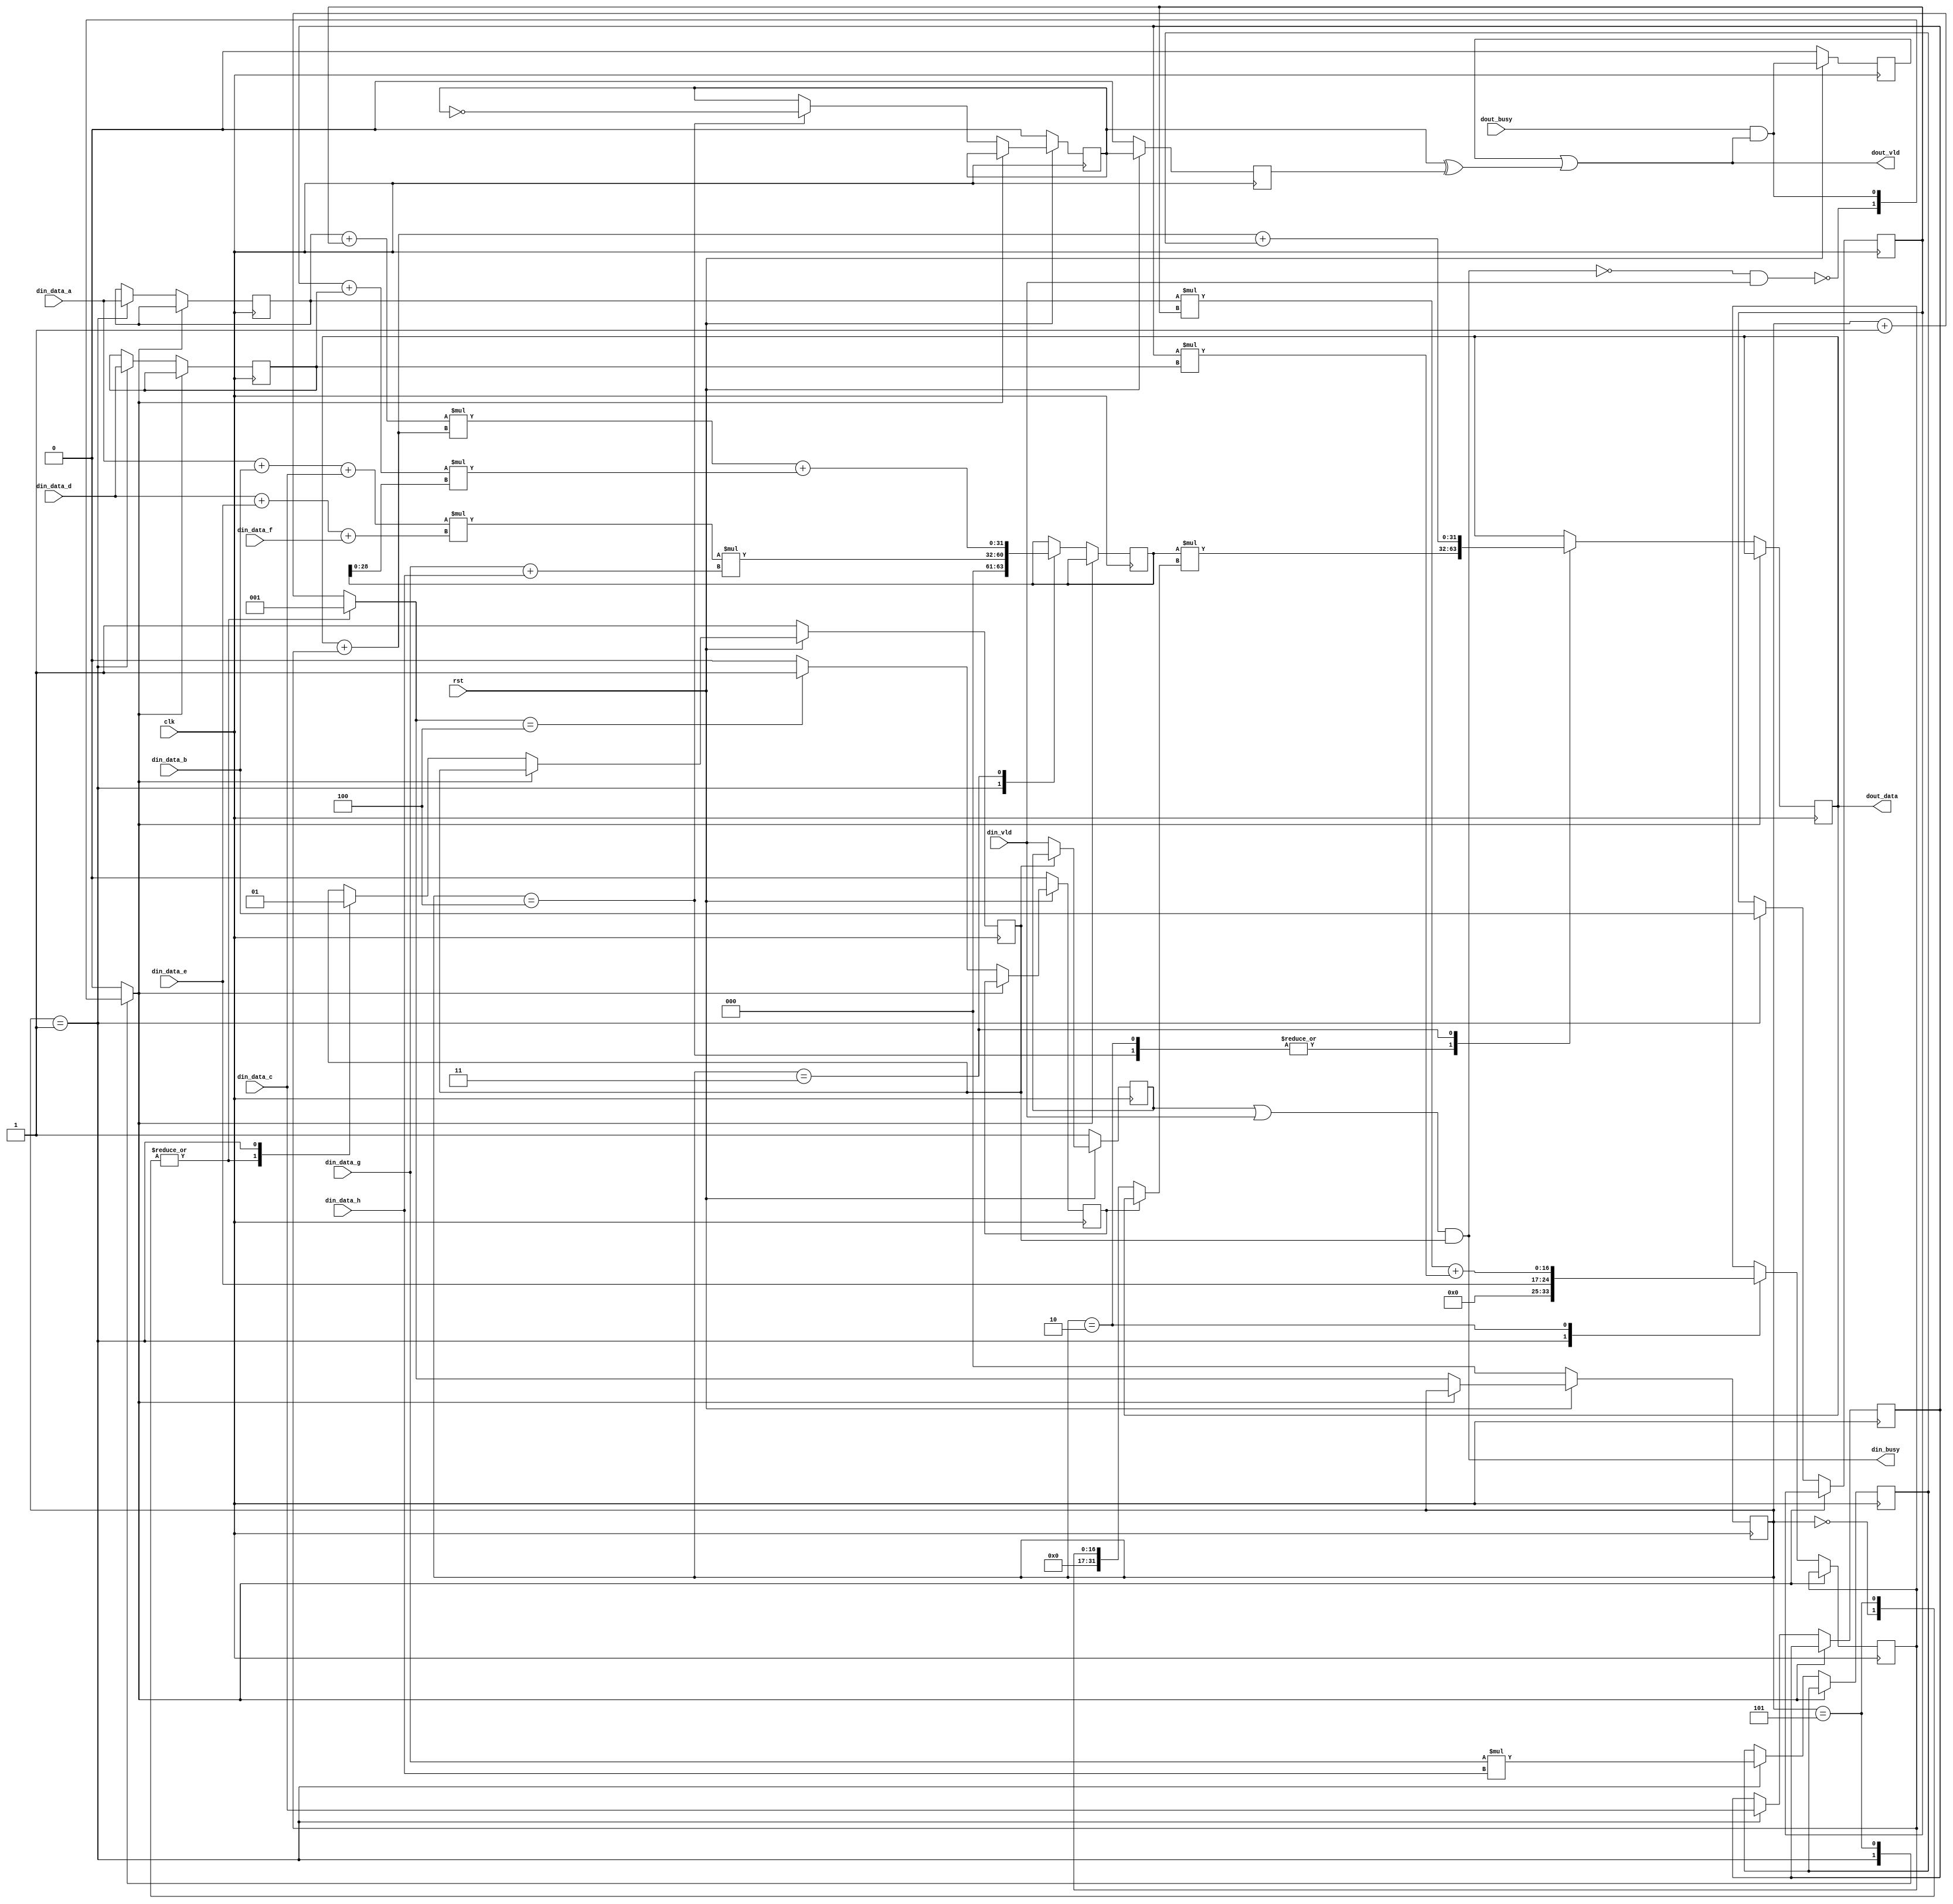
// Generated by stratus_hls 17.20-p100  (88533.190925)
// Wed Nov 18 11:36:15 2020
// from dut.cc

`timescale 1ps / 1ps

      
module dut(clk, rst, din_busy, din_vld, din_data_a, din_data_b, din_data_c, din_data_d, din_data_e, din_data_f, din_data_g, din_data_h, dout_busy, dout_vld, dout_data);

      input clk;
      input rst;
      input din_vld;
      input [7:0] din_data_a;
      input [7:0] din_data_b;
      input [7:0] din_data_c;
      input [7:0] din_data_d;
      input [7:0] din_data_e;
      input [7:0] din_data_f;
      input [7:0] din_data_g;
      input [7:0] din_data_h;
      input dout_busy;
      output din_busy;
      output dout_vld;
      output [31:0] dout_data;
      reg [31:0] dout_data;
      reg dout_m_req_m_prev_trig_req;
      reg dout_m_unacked_req;
      wire dut_Xor_1Ux1U_1U_4_9_out1;
      wire dut_Or_1Ux1U_1U_4_10_out1;
      reg dut_N_Muxb_1_2_0_4_1_out1;
      wire dut_And_1Ux1U_1U_4_5_out1;
      wire dut_Not_1U_1U_4_4_out1;
      reg din_m_unvalidated_req;
      wire dut_Or_1Ux1U_1U_4_2_out1;
      wire dut_And_1Ux1U_1U_4_3_out1;
      reg[2:0] global_state_next;
      wire[31:0] dut_Add_32Ux32U_32U_1_19_out1;
      reg[31:0] dut_Mul_32Ux32U_32U_4_15_in1;
      reg gs_ctrl0;
      wire[19:0] dut_Mul2Add3u8u8u8Add3u8u8u8_1_14_out1;
      wire[8:0] dut_Add_8Ux8U_9U_4_13_out1;
      wire[15:0] dut_Mul_8Ux8U_16U_4_16_out1;
      reg[15:0] s_reg_20;
      wire[31:0] dut_Add2Mul2u29Add2u8u8Mul2u32Add2u8u8_1_21_out1;
      wire[28:0] dut_Mul_20Ux9U_29U_1_23_out1;
      reg[31:0] s_reg_19;
      wire[16:0] dut_Add2Mul2u8u8Mul2u8u8_4_17_out1;
      reg[16:0] s_reg_18;
      reg[7:0] s_reg_17;
      reg[7:0] s_reg_16;
      reg[7:0] s_reg_15;
      reg[7:0] s_reg_14;
      wire dut_Not_1U_1U_4_6_out1;
      wire dut_And_1Ux1U_1U_4_11_out1;
      wire dut_Not_1U_1U_4_12_out1;
      reg dout_m_req_m_trig_req;
      reg din_m_busy_req_0;
      wire[31:0] dut_Add_32Ux16U_32U_4_20_out1;
      wire[31:0] dut_Mul_32Ux32U_32U_4_15_out1;
      reg[2:0] global_state;
      reg stall0;

         // resource: mux_32bx2i
         // resource: regr_32
         always @(posedge clk)
          begin :drive_dout_data
            if (stall0) begin
            end
            else begin
               case (global_state) 

                  3'd2, 3'd4: begin
                     dout_data <= dut_Mul_32Ux32U_32U_4_15_out1;
                  end
                  
                  3'd3: begin
                     dout_data <= dut_Add_32Ux16U_32U_4_20_out1;
                  end
                  
               endcase

            end
         end

         // resource: mux_1bx2i
         // resource: regr_1
         always @(posedge clk)
          begin :drive_din_m_busy_req_0
            if (rst == 1'b0) begin
               din_m_busy_req_0 <= 1'd1;
            end
            else begin
               if (stall0) begin
               end
               else begin
                  case (global_state) 

                     3'd0, 3'd5: begin
                        din_m_busy_req_0 <= 1'd0;
                     end
                     
                     3'd1: begin
                        din_m_busy_req_0 <= 1'd1;
                     end
                     
                  endcase

               end
            end
         end

         // resource: regr_1
         always @(posedge clk)
          begin :drive_dout_m_req_m_trig_req
            if (rst == 1'b0) begin
               dout_m_req_m_trig_req <= 1'd0;
            end
            else begin
               if (stall0) begin
               end
               else begin
                  case (global_state) 

                     3'd4: begin
                        dout_m_req_m_trig_req <= dut_Not_1U_1U_4_12_out1;
                     end
                     
                  endcase

               end
            end
         end

         // resource: mux_1bx3i
         always @(dut_Not_1U_1U_4_6_out1 or dut_And_1Ux1U_1U_4_11_out1 or global_state)
          begin :drive_stall0
            case (global_state) 

               3'd1: begin
                  stall0 = dut_Not_1U_1U_4_6_out1;
               end
               
               3'd5: begin
                  stall0 = dut_And_1Ux1U_1U_4_11_out1;
               end
               
               default: begin
                  stall0 = 1'b0;
               end
               
            endcase

         end

         // resource: regr_8
         always @(posedge clk)
          begin :drive_s_reg_14
            if (stall0) begin
            end
            else begin
               case (global_state) 

                  3'd1: begin
                     s_reg_14 <= din_data_a;
                  end
                  
               endcase

            end
         end

         // resource: regr_8
         always @(posedge clk)
          begin :drive_s_reg_15
            if (stall0) begin
            end
            else begin
               case (global_state) 

                  3'd1: begin
                     s_reg_15 <= din_data_b;
                  end
                  
               endcase

            end
         end

         // resource: regr_8
         always @(posedge clk)
          begin :drive_s_reg_16
            if (stall0) begin
            end
            else begin
               case (global_state) 

                  3'd1: begin
                     s_reg_16 <= din_data_c;
                  end
                  
               endcase

            end
         end

         // resource: regr_8
         always @(posedge clk)
          begin :drive_s_reg_17
            if (stall0) begin
            end
            else begin
               case (global_state) 

                  3'd1: begin
                     s_reg_17 <= din_data_d;
                  end
                  
               endcase

            end
         end

         // resource: mux_17bx2i
         // resource: regr_17
         always @(posedge clk)
          begin :drive_s_reg_18
            if (stall0) begin
            end
            else begin
               case (global_state) 

                  3'd1: begin
                     s_reg_18 <= {9'b000000000, din_data_e};
                  end
                  
                  3'd2: begin
                     s_reg_18 <= dut_Add2Mul2u8u8Mul2u8u8_4_17_out1;
                  end
                  
               endcase

            end
         end

         // resource: mux_32bx2i
         // resource: regr_32
         always @(posedge clk)
          begin :drive_s_reg_19
            if (stall0) begin
            end
            else begin
               case (global_state) 

                  3'd1: begin
                     s_reg_19 <= {3'b000, dut_Mul_20Ux9U_29U_1_23_out1};
                  end
                  
                  3'd3: begin
                     s_reg_19 <= dut_Add2Mul2u29Add2u8u8Mul2u32Add2u8u8_1_21_out1;
                  end
                  
               endcase

            end
         end

         // resource: regr_16
         always @(posedge clk)
          begin :drive_s_reg_20
            if (stall0) begin
            end
            else begin
               case (global_state) 

                  3'd1: begin
                     s_reg_20 <= dut_Mul_8Ux8U_16U_4_16_out1;
                  end
                  
               endcase

            end
         end

         // resource: dut_Add_8Ux8U_9U_4  instance: dut_Add_8Ux8U_9U_4_13
         assign dut_Add_8Ux8U_9U_4_13_out1 = {1'b0, din_data_g} + {1'b0, din_data_h};

         // resource: dut_Mul2Add3u8u8u8Add3u8u8u8_1  instance: dut_Mul2Add3u8u8u8Add3u8u8u8_1_14
         assign dut_Mul2Add3u8u8u8Add3u8u8u8_1_14_out1 = ({12'b000000000000, din_data_a} + {12'b000000000000, din_data_b} + {12'b000000000000, din_data_c})*({12'b000000000000, din_data_d} + {12'b000000000000, din_data_e} + {12'b000000000000, din_data_f});

         // resource: dut_Mul_20Ux9U_29U_1  instance: dut_Mul_20Ux9U_29U_1_23
         assign dut_Mul_20Ux9U_29U_1_23_out1 = {9'b000000000, dut_Mul2Add3u8u8u8Add3u8u8u8_1_14_out1}*{20'b00000000000000000000, dut_Add_8Ux8U_9U_4_13_out1};

         // resource: dut_Mul_8Ux8U_16U_4  instance: dut_Mul_8Ux8U_16U_4_16
         assign dut_Mul_8Ux8U_16U_4_16_out1 = {8'b00000000, din_data_g}*{8'b00000000, din_data_h};

         // resource: dut_Add2Mul2u8u8Mul2u8u8_4  instance: dut_Add2Mul2u8u8Mul2u8u8_4_17
         assign dut_Add2Mul2u8u8Mul2u8u8_4_17_out1 = {9'b000000000, s_reg_14}*{9'b000000000, s_reg_15} + {9'b000000000, s_reg_16}*{9'b000000000, s_reg_17};

         // resource: mux_32bx2i
         always @(dout_data or s_reg_18 or gs_ctrl0)
          begin :drive_dut_Mul_32Ux32U_32U_4_15_in1
            if (gs_ctrl0) begin
               dut_Mul_32Ux32U_32U_4_15_in1 = dout_data;
            end
            else begin
               dut_Mul_32Ux32U_32U_4_15_in1 = {15'b000000000000000, s_reg_18};
            end
         end

         // resource: dut_Mul_32Ux32U_32U_4  instance: dut_Mul_32Ux32U_32U_4_15
         assign dut_Mul_32Ux32U_32U_4_15_out1 = s_reg_19*dut_Mul_32Ux32U_32U_4_15_in1;

         // resource: dut_Add_32Ux32U_32U_1  instance: dut_Add_32Ux32U_32U_1_19
         assign dut_Add_32Ux32U_32U_1_19_out1 = dout_data + {15'b000000000000000, s_reg_18};

         // resource: dut_Add_32Ux16U_32U_4  instance: dut_Add_32Ux16U_32U_4_20
         assign dut_Add_32Ux16U_32U_4_20_out1 = dut_Add_32Ux32U_32U_1_19_out1 + {16'b0000000000000000, s_reg_20};

         // resource: dut_Add2Mul2u29Add2u8u8Mul2u32Add2u8u8_1  instance: dut_Add2Mul2u29Add2u8u8Mul2u32Add2u8u8_1_21
         assign dut_Add2Mul2u29Add2u8u8Mul2u32Add2u8u8_1_21_out1 = ({24'b000000000000000000000000, s_reg_14} + {24'b000000000000000000000000, s_reg_15})*dut_Add_32Ux32U_32U_1_19_out1 + ({24'b000000000000000000000000, s_reg_16} + {24'b000000000000000000000000, s_reg_17})*{3'b000, s_reg_19[28:0]};

         // resource: regr_3
         always @(posedge clk)
          begin :drive_global_state
            if (rst == 1'b0) begin
               global_state <= 3'd0;
            end
            else begin
               if (stall0) begin
               end
               else begin
                  global_state <= global_state_next;
               end
            end
         end

         // resource: mux_3bx2i
         always @(global_state)
          begin :drive_global_state_next
            case (global_state) 

               3'd0, 3'd5: begin
                  global_state_next = 3'd1;
               end
               
               default: begin
                  global_state_next = global_state + 3'd1;
               end
               
            endcase

         end

         // resource: mux_1bx2i
         // resource: regr_1
         always @(posedge clk)
          begin :drive_gs_ctrl0
            if (rst == 1'b0) begin
               gs_ctrl0 <= 1'b0;
            end
            else begin
               if (stall0) begin
               end
               else begin
                  case (global_state_next) 

                     3'd4: begin
                        gs_ctrl0 <= 1'b1;
                     end
                     
                     default: begin
                        gs_ctrl0 <= 1'b0;
                     end
                     
                  endcase

               end
            end
         end

         // thread: drive_din_busy
         assign din_busy = dut_And_1Ux1U_1U_4_3_out1;

         // resource: dut_Or_1Ux1U_1U_4  instance: dut_Or_1Ux1U_1U_4_2
         assign dut_Or_1Ux1U_1U_4_2_out1 = din_m_unvalidated_req | din_vld;

         // resource: dut_And_1Ux1U_1U_4  instance: dut_And_1Ux1U_1U_4_3
         assign dut_And_1Ux1U_1U_4_3_out1 = dut_Or_1Ux1U_1U_4_2_out1 & din_m_busy_req_0;

         // resource: dut_Not_1U_1U_4  instance: dut_Not_1U_1U_4_4
         assign dut_Not_1U_1U_4_4_out1 = !dut_And_1Ux1U_1U_4_3_out1;

         // resource: dut_And_1Ux1U_1U_4  instance: dut_And_1Ux1U_1U_4_5
         assign dut_And_1Ux1U_1U_4_5_out1 = dut_Not_1U_1U_4_4_out1 & din_vld;

         // resource: dut_Not_1U_1U_4  instance: dut_Not_1U_1U_4_6
         assign dut_Not_1U_1U_4_6_out1 = !dut_And_1Ux1U_1U_4_5_out1;

         // resource: regr_1
         always @(posedge clk)
          begin :drive_din_m_unvalidated_req
            if (rst == 1'b0) begin
               din_m_unvalidated_req <= 1'd1;
            end
            else begin
               din_m_unvalidated_req <= dut_N_Muxb_1_2_0_4_1_out1;
            end
         end

         // resource:dut_N_Muxb_1_2_0_4
         always @(din_vld or din_m_busy_req_0 or din_m_unvalidated_req)
          begin :dut_N_Muxb_1_2_0_4_1
            if (din_m_busy_req_0) begin
               dut_N_Muxb_1_2_0_4_1_out1 = din_m_unvalidated_req;
            end
            else begin
               dut_N_Muxb_1_2_0_4_1_out1 = din_vld;
            end
         end

         // thread: drive_dout_vld
         assign dout_vld = dut_Or_1Ux1U_1U_4_10_out1;

         // resource: dut_Or_1Ux1U_1U_4  instance: dut_Or_1Ux1U_1U_4_10
         assign dut_Or_1Ux1U_1U_4_10_out1 = dout_m_unacked_req | dut_Xor_1Ux1U_1U_4_9_out1;

         // resource: regr_1
         always @(posedge clk)
          begin :drive_dout_m_unacked_req
            if (rst == 1'b0) begin
               dout_m_unacked_req <= 1'd0;
            end
            else begin
               dout_m_unacked_req <= dut_And_1Ux1U_1U_4_11_out1;
            end
         end

         // resource: dut_And_1Ux1U_1U_4  instance: dut_And_1Ux1U_1U_4_11
         assign dut_And_1Ux1U_1U_4_11_out1 = dout_busy & dout_vld;

         // resource: dut_Xor_1Ux1U_1U_4  instance: dut_Xor_1Ux1U_1U_4_9
         assign dut_Xor_1Ux1U_1U_4_9_out1 = dout_m_req_m_trig_req ^ dout_m_req_m_prev_trig_req;

         // resource: regr_1
         always @(posedge clk)
          begin :drive_dout_m_req_m_prev_trig_req
            if (rst == 1'b0) begin
               dout_m_req_m_prev_trig_req <= 1'd0;
            end
            else begin
               dout_m_req_m_prev_trig_req <= dout_m_req_m_trig_req;
            end
         end

         // resource: dut_Not_1U_1U_4  instance: dut_Not_1U_1U_4_12
         assign dut_Not_1U_1U_4_12_out1 = !dout_m_req_m_trig_req;


endmodule